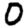
Digit: 0